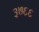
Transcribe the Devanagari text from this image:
३७६६